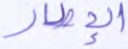
الإطار